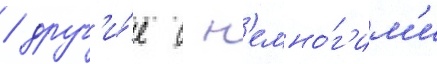
/ друг'и́е с н'емно́г'им'и